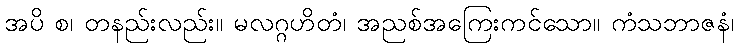
အပိ စ၊ တနည်းလည်း။ မလဂ္ဂဟိတံ၊ အညစ်အကြေးကင်သော။ ကံသဘာဇနံ၊